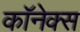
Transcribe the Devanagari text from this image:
कॉनेक्स